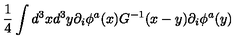
\frac { 1 } { 4 } \int d ^ { 3 } x d ^ { 3 } y \partial _ { i } \phi ^ { a } ( x ) G ^ { - 1 } ( x - y ) \partial _ { i } \phi ^ { a } ( y )